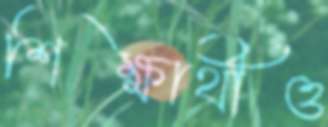
শিক্ষার্থীও